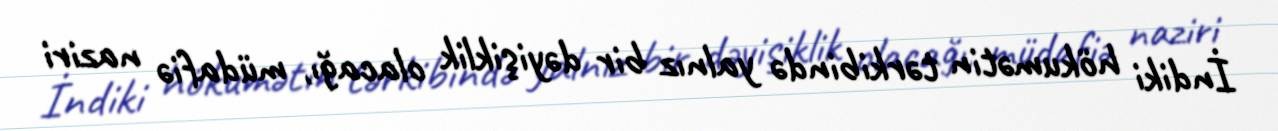
İndiki hökumətin tərkibində yalnız bir dəyişiklik olacağı, müdafiə naziri